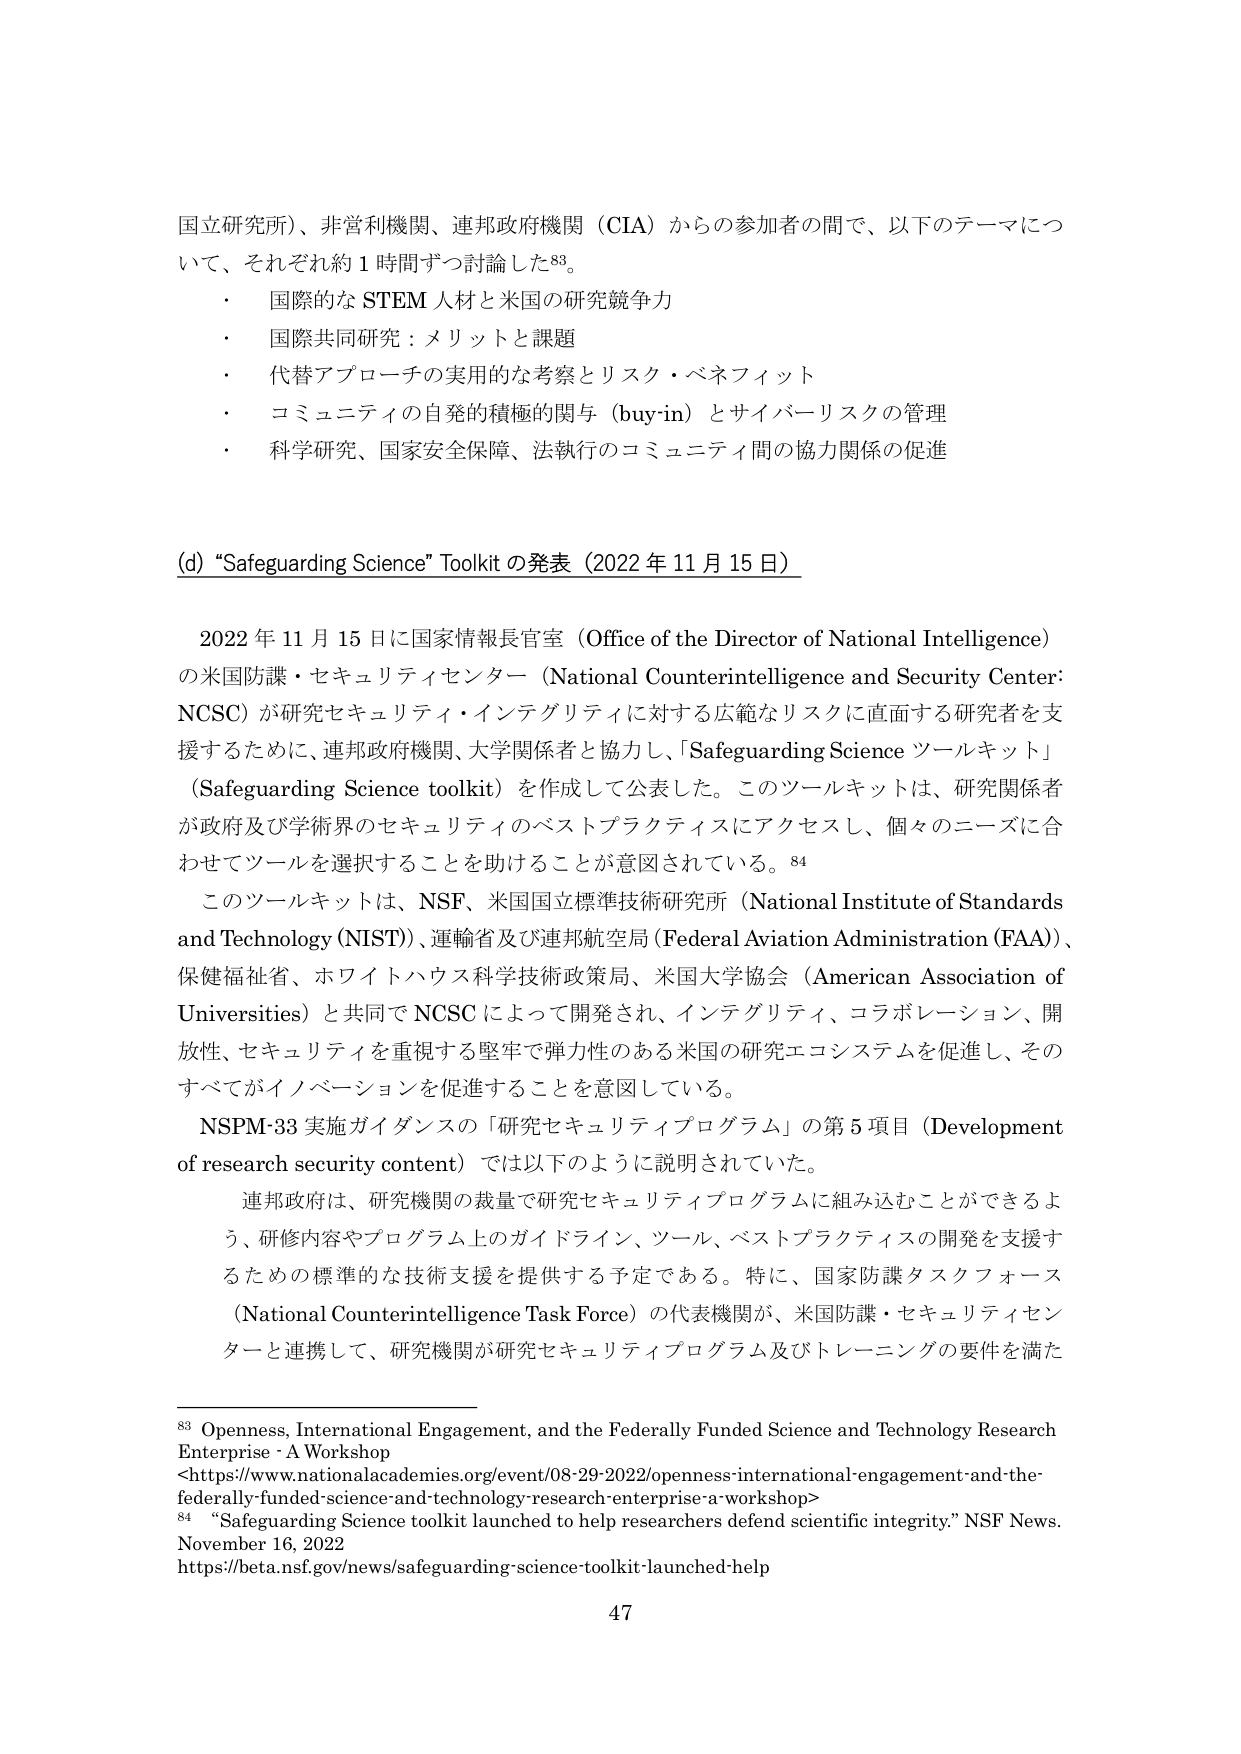
国立研究所）、非営利機関、連邦政府機関（CIA）からの参加者の間で、以下のテーマについて、それぞれ約１時間ずつ討論した⁸³。

・ 国際的な STEM 人材と米国の研究競争力
・ 国際共同研究：メリットと課題
・ 代替アプローチの実用的な考察とリスク・ベネフィット
・ コミュニティの自発的積極的関与（buy-in）とサイバーリスクの管理
・ 科学研究、国家安全保障、法執行のコミュニティ間の協力関係の促進

(d) “Safeguarding Science” Toolkit の発表（2022 年 11 月 15 日）

2022 年 11 月 15 日に国家情報長官室（Office of the Director of National Intelligence）の米国防諜・セキュリティセンター（National Counterintelligence and Security Center: NCSC）が研究セキュリティ・インテグリティに対する広範なリスクに直面する研究者を支援するために、連邦政府機関、大学関係者と協力し、「Safeguarding Science ツールキット」（Safeguarding Science toolkit）を作成して公表した。このツールキットは、研究関係者が政府及び学術界のセキュリティのベストプラクティスにアクセスし、個々のニーズに合わせてツールを選択することを助けることが意図されている。⁸⁴

このツールキットは、NSF、米国国立標準技術研究所（National Institute of Standards and Technology (NIST)）、運輸省及び連邦航空局（Federal Aviation Administration (FAA)）、保健福祉省、ホワイトハウス科学技術政策局、米国大学協会（American Association of Universities）と共同で NCSC によって開発され、インテグリティ、コラボレーション、開放性、セキュリティを重視する堅牢で弾力性のある米国の研究エコシステムを促進し、そのすべてがイノベーションを促進することを意図している。

NSPM-33 実施ガイダンスの「研究セキュリティプログラム」の第 5 項目（Development of research security content）では以下のように説明されていた。

連邦政府は、研究機関の裁量で研究セキュリティプログラムに組み込むことができるよう、研修内容やプログラム上のガイドライン、ツール、ベストプラクティスの開発を支援するための標準的な技術支援を提供する予定である。特に、国家防諜タスクフォース（National Counterintelligence Task Force）の代表機関が、米国防諜・セキュリティセンターと連携して、研究機関が研究セキュリティプログラム及びトレーニングの要件を満た

⁸³ Openness, International Engagement, and the Federally Funded Science and Technology Research Enterprise - A Workshop
<https://www.nationalacademies.org/event/08-29-2022/openness-international-engagement-and-the-federally-funded-science-and-technology-research-enterprise-a-workshop>

⁸⁴ “Safeguarding Science toolkit launched to help researchers defend scientific integrity.” NSF News. November 16, 2022
https://beta.nsf.gov/news/safeguarding-science-toolkit-launched-help

47